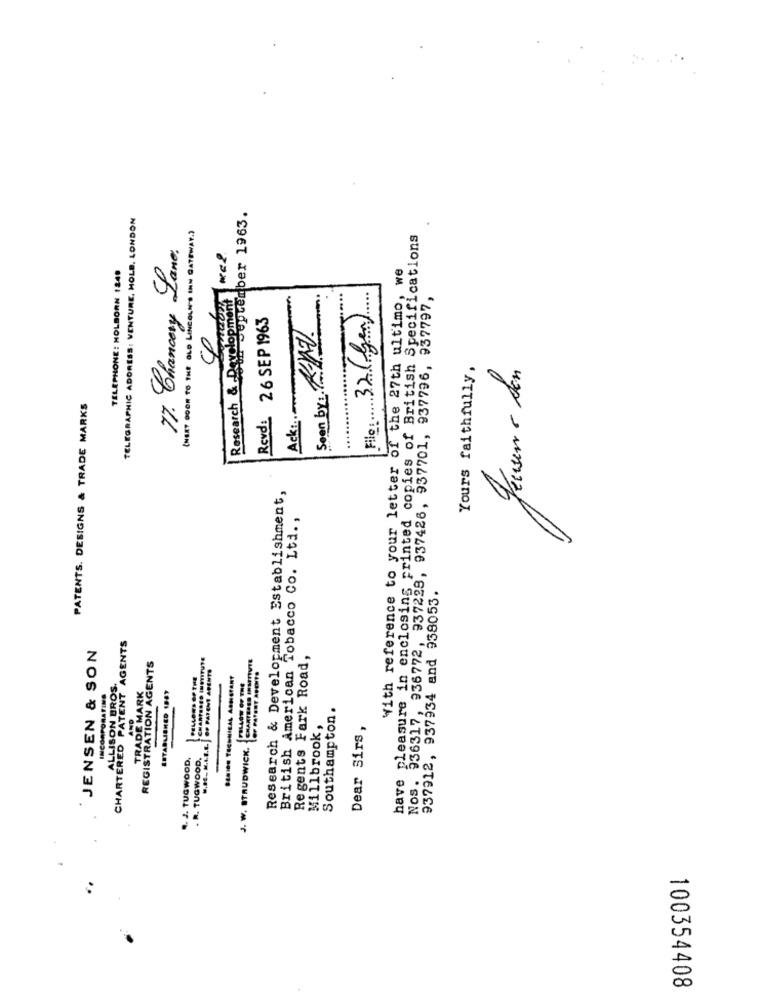
TELEGRAPHIC ADDRESS: VENTURE, HOLD, LONDON
Mon september 1963.
(NEXT DOOR TO THE OLD LINCOLITS INN GATEWAY.)
have pleasure in enclosing printed copies of British Specifications
17. Chancery Lane
TELEPHONE: HOLBORN 1249
With reference to your letter of the 27th ultimo, we
Research & Development
Nos. 936317, 936772, 937228, 937426, 937701, 937796, 937797,
32 (gen)
Revd: 26 SEP 1963
Seen by: ATAV
Yours faithfully,
Ack:
PATENTS. DESIGNS & TRADE MARKS
File !.
Research & Development Establishment,
British American Tobacco Co. Ltd. ,
937912, 937934 and 938053.
CHARTERED PATENT AGENTS
JENSEN & SON
Regents Fark Road,
REGISTRATION AGENTS
5.8E. M.L.L.L. JOP PATENT ARENTS
PELLORS OF THE
SAMI69 TECHNICAL ASHSTART
ALLISON BROS.
TRADE MARK
ESTABLISHED IDEY
FOLLOW OF THE
INCORPORATING
Southampton .
AND
Millbrook,
Dear Sirs,
J. W. BTRUDWICK.
9. J. TUGWOOD,
. R. TUGWOOD,
100354408